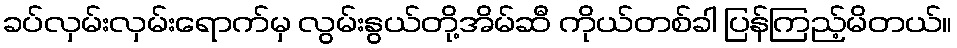
ခပ်လှမ်းလှမ်းရောက်မှ လွမ်းနွယ်တို့အိမ်ဆီ ကိုယ်တစ်ခါ ပြန်ကြည့်မိတယ်။